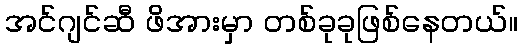
အင်ဂျင်ဆီ ဖိအားမှာ တစ်ခုခုဖြစ်နေတယ်။